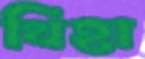
থিহা